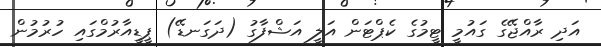
އަދި ރާއްޖޭގެ ގައުމީ ޓީމުގެ ކެޕްޓަން އަލީ އަޝްފާގު (ދަގަނޑޭ) ޕީޑީއާރުމްގައި ހުރުމުން